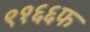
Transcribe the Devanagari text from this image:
९१६६फ